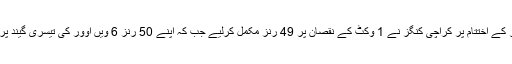
5 ویں اوورز کے اختتام پر کراچی کنگز نے 1 وکٹ کے نقصان پر 49 رنز مکمل کرلیے جب کہ اپنے 50 رنز 6 ویں اوور کی تیسری گیند پر مکمل کیے۔